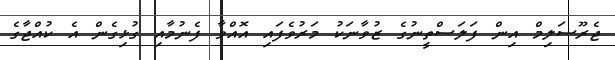
ޖެރޫސަލިމް އިން ފަލަސްތީނުގެ ޒުވާނަކު މަރުވެފައި އޮއްވާ ފެނުމާއި ގުޅިގެން އެ ކުއްޖާގެ